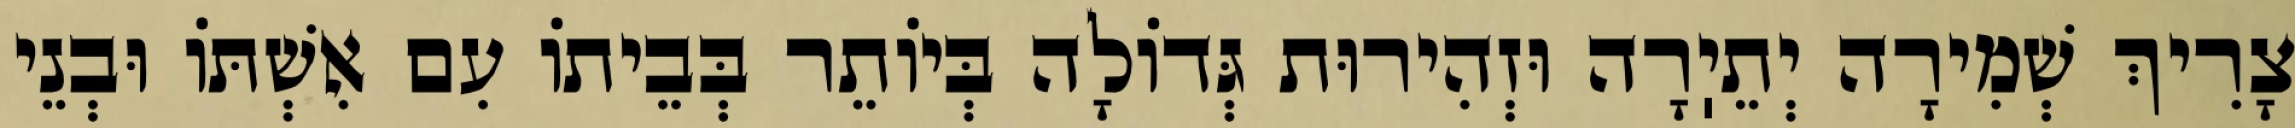
צָרִיךְ שְׁמִירָה יְתֵיֽרָה וּזְהִירוּת גְּדוֹלָה בְּיוֹתֵר בְּבֵיתוֹ עִם אִשְׁתּוֹ וּבְנֵי